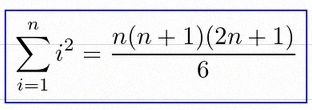
\sum_{i=1}^{n}i^2=\frac{n(n+1)(2n+1)}6